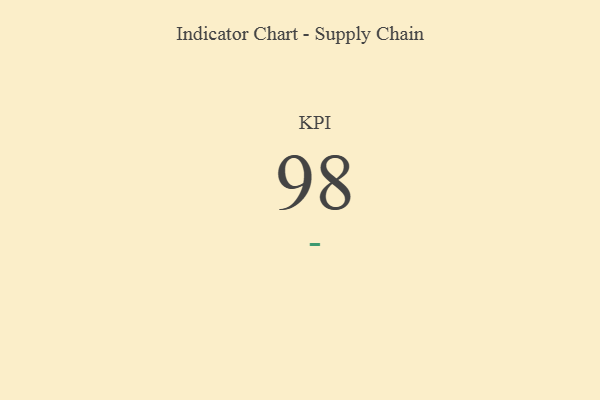
{"axis": {"x": "KPI", "y": "Value"}, "legend": [""], "data": [{"x": "KPI", "y": 98, "type": ""}]}